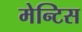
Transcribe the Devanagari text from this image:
मेन्टिस